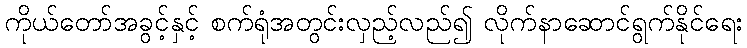
ကိုယ်တော်အခွင့်နှင့် စက်ရုံအတွင်းလှည့်လည်၍ လိုက်နာဆောင်ရွက်နိုင်ရေး